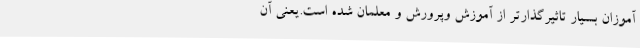
آموزان بسیار تاثیرگذارتر از آموزش وپرورش و معلمان شده است.یعنی آن